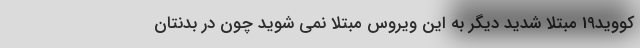
کووید19 مبتلا شدید دیگر به این ویروس مبتلا نمی شوید چون در بدنتان